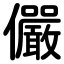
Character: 儼